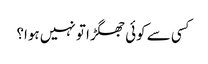
کسی سے کوئی جھگڑا تو نہیں ہوا؟